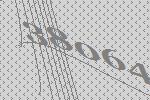
38064